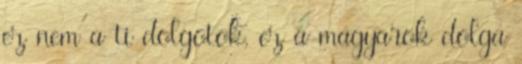
ez nem a ti dolgotok, ez a magyarok dolga